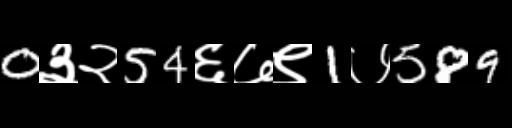
Text: 0३२54६७९1७589